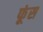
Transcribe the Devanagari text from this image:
फूंस